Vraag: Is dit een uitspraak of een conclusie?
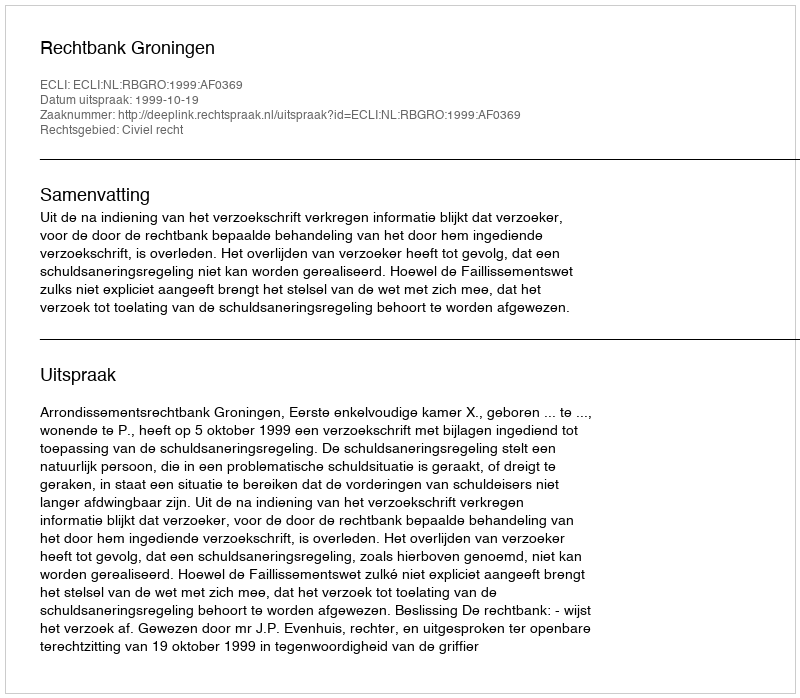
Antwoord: Uitspraak